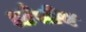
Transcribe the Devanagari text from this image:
आँखीय